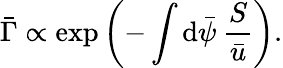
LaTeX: \bar{\Gamma}\propto\exp\left(-\int\mathrm{d}\bar{\psi}\: \frac{S}{\bar{u}}\right).